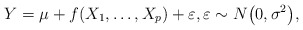
\begin{align*} Y= \mu+ f(X_1,\ldots,X_p)+\varepsilon,\varepsilon\sim N\bigl(0,\sigma^2\bigr),\end{align*}